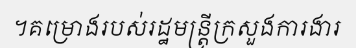
។គម្រោងរបស់រដ្ឋមន្ត្រីក្រសួងការងារ